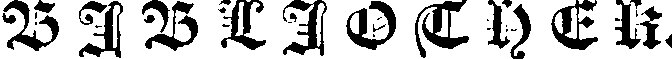
BIBLIOTHEK.